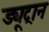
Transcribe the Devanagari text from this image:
ड्यूट्रान